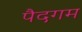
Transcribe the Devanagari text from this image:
पैदगम